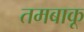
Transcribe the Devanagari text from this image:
तमबाकू